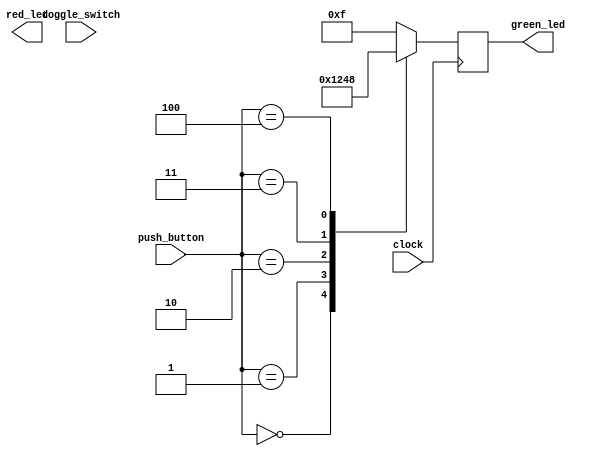
module qa1
    (
        input  wire       clock,
        input  wire [7:0] toggle_switch,
        input  wire [3:0] push_button,
        output reg  [6:0] red_led,
        output reg  [3:0] green_led
    );
   reg [3:0] cnt = 4'b0000;

   always @(posedge clock )   begin
      case ( push_button )
	0 : green_led <= 0;
	1 : green_led <= 4'b0001;
	2 : green_led <= 4'b0010;
	3 : green_led <= 4'b0100;
	4 : green_led <= 4'b1000;
	default: green_led <= 4'b1111;
      endcase
   end
endmodule